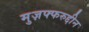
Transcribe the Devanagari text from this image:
मुज़फ्फरुद्दीन